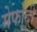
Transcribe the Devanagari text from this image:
मेफोदी